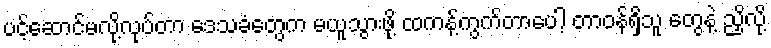
ပင့်ဆောင်မလို့လုပ်တာ ဒေသခံတွေက မယူသွားဖို့ ထကန့်ကွက်တာပေါ့ တာဝန်ရှိသူ တွေနဲ့ ညှိလို့